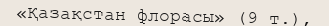
«Қазақстан флорасы» (9 т.),